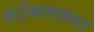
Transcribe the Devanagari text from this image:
वरंगलच्या